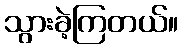
သွားခဲ့ကြတယ်။